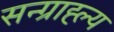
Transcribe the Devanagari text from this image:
सन्ग्राह्ल्य